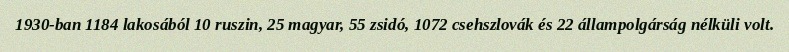
1930-ban 1184 lakosából 10 ruszin, 25 magyar, 55 zsidó, 1072 csehszlovák és 22 állampolgárság nélküli volt.